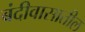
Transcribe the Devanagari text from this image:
बंदीवासातील